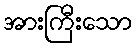
အားကြီးသော